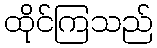
ထိုင်ကြသည်